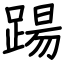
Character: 踼